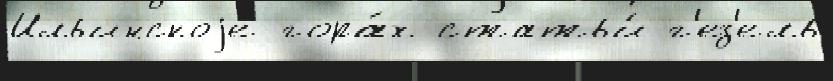
Ильинскоjе гора́х статьи́ г'ез'ель